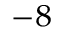
^ { - 8 }